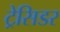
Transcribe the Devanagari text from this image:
ट्रेसिडर